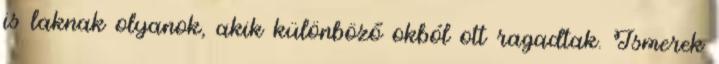
is laknak olyanok, akik különböző okból ott ragadtak. Ismerek